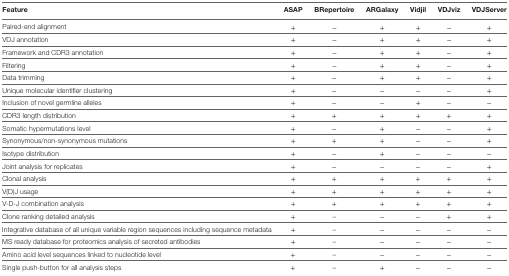
<table><thead><tr><td><b>Feature</b></td><td><b>ASAP</b></td><td><b>BRepertoire</b></td><td><b>ARGalaxy</b></td><td><b>Vidjil</b></td><td><b>VDJviz</b></td><td><b>VDJServer</b></td></tr></thead><tbody><tr><td>Paired-end alignment</td><td>+</td><td>−</td><td>+</td><td>+</td><td>−</td><td>+</td></tr><tr><td>VDJ annotation</td><td>+</td><td>−</td><td>+</td><td>+</td><td>−</td><td>+</td></tr><tr><td>Framework and CDR3 annotation</td><td>+</td><td>−</td><td>+</td><td>+</td><td>−</td><td>+</td></tr><tr><td>Filtering</td><td>+</td><td>−</td><td>+</td><td>+</td><td>−</td><td>+</td></tr><tr><td>Data trimming</td><td>+</td><td>−</td><td>+</td><td>+</td><td>−</td><td>+</td></tr><tr><td>Unique molecular identifier clustering</td><td>+</td><td>−</td><td>−</td><td>−</td><td>−</td><td>+</td></tr><tr><td>Inclusion of novel germline alleles</td><td>+</td><td>−</td><td>−</td><td>+</td><td>−</td><td>−</td></tr><tr><td>CDR3 length distribution</td><td>+</td><td>+</td><td>+</td><td>+</td><td>+</td><td>+</td></tr><tr><td>Somatic hypermutations level</td><td>+</td><td>−</td><td>+</td><td>−</td><td>−</td><td>+</td></tr><tr><td>Synonymous/non-synonymous mutations</td><td>+</td><td>+</td><td>+</td><td>−</td><td>−</td><td>+</td></tr><tr><td>Isotype distribution</td><td>+</td><td>−</td><td>+</td><td>−</td><td>−</td><td>−</td></tr><tr><td>Joint analysis for replicates</td><td>+</td><td>−</td><td>−</td><td>−</td><td>−</td><td>+</td></tr><tr><td>Clonal analysis</td><td>+</td><td>+</td><td>+</td><td>+</td><td>+</td><td>+</td></tr><tr><td>V(D)J usage</td><td>+</td><td>+</td><td>+</td><td>+</td><td>+</td><td>+</td></tr><tr><td>V-D-J combination analysis</td><td>+</td><td>+</td><td>+</td><td>+</td><td>+</td><td>+</td></tr><tr><td>Clone ranking detailed analysis</td><td>+</td><td>–</td><td>−</td><td>−</td><td>+</td><td>+</td></tr><tr><td>Integrative database of all unique variable region sequences including sequence metadata</td><td>+</td><td>–</td><td>−</td><td>−</td><td>−</td><td>−</td></tr><tr><td>MS ready database for proteomics analysis of secreted antibodies</td><td>+</td><td>–</td><td>−</td><td>−</td><td>−</td><td>−</td></tr><tr><td>Amino acid level sequences linked to nucleotide level</td><td>+</td><td>–</td><td>−</td><td>−</td><td>−</td><td>−</td></tr><tr><td>Single push-button for all analysis steps</td><td>+</td><td>–</td><td>+</td><td>−</td><td>−</td><td>−</td></tr></tbody></table>